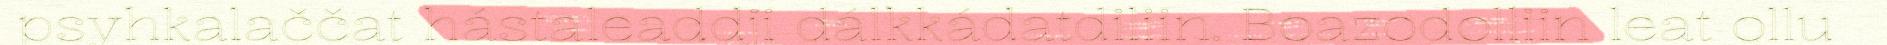
psyhkalaččat hástaleaddji dálkkádatdiliin. Boazodolliin leat ollu